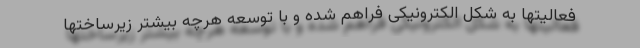
فعالیتها به شکل الکترونیکی فراهم شده و با توسعه هرچه بیشتر زیرساختها